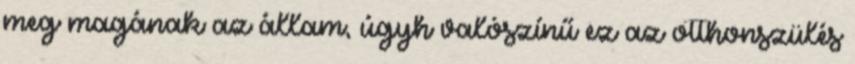
meg magának az állam, úgyh valószínű ez az otthonszülés